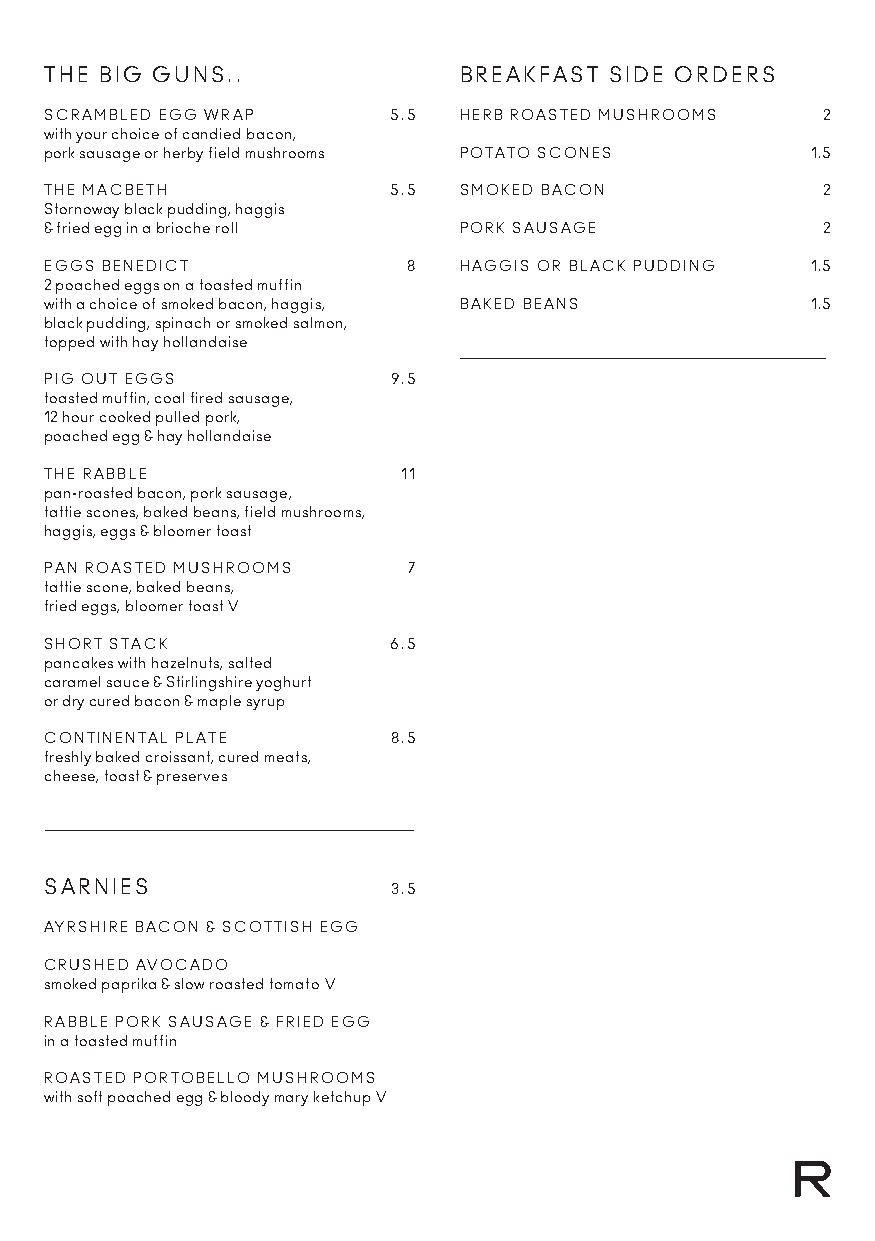
THE BIG GUNS..             BREAKFAST SIDE ORDERS
 SCRAMBLED EGG WRAP     5.5 HERB ROASTED MUSHROOMS  2
 with your choice of candied bacon,
 pork sausage or herby field mushrooms POTATO SCONES 1.5
 THE MACBETH            5.5 SMOKED BACON            2
 Stornoway black pudding, haggis
 & fried egg in a brioche roll PORK SAUSAGE         2
 EGGS BENEDICT           8  HAGGIS OR BLACK PUDDING 1.5
 2 poached eggs on a toasted muffin
 with a choice of smoked bacon, haggis, BAKED BEANS 1.5
 black pudding, spinach or smoked salmon,
 topped with hay hollandaise
 PIG OUT EGGS           9.5
 toasted muffin, coal fired sausage,
 12 hour cooked pulled pork,
 poached egg & hay hollandaise
 THE RABBLE              11
 pan-roasted bacon, pork sausage,
 tattie scones, baked beans, field mushrooms,
 haggis, eggs & bloomer toast
 PAN ROASTED MUSHROOMS   7
 tattie scone, baked beans,
 fried eggs, bloomer toast V
 SHORT STACK            6.5
 pancakes with hazelnuts, salted
 caramel sauce & Stirlingshire yoghurt
 or dry cured bacon & maple syrup
 CONTINENTAL PLATE      8.5
 freshly baked croissant, cured meats,
 cheese, toast & preserves
 SARNIES                3.5
 AYRSHIRE BACON & SCOTTISH EGG
 CRUSHED AVOCADO
 smoked paprika & slow roasted tomato V
 RABBLE PORK SAUSAGE & FRIED EGG
 in a toasted muffin
 ROASTED PORTOBELLO MUSHROOMS
 with soft poached egg & bloody mary ketchup V